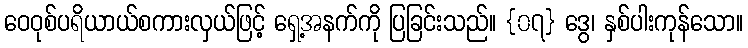
ဝေဝုစ်ပရိယာယ်စကားလှယ်ဖြင့် ရှေ့အနက်ကို ပြခြင်းသည်။ {၀၇} ဒွေ၊ နှစ်ပါးကုန်သော။